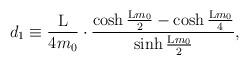
LaTeX: \begin{align*}d_1 \equiv \frac{\rm L}{4m_0} \cdot \frac{\cosh{\frac{{\rm L}m_0}{2}}-\cosh{\frac{{\rm L}m_0}{4}}}{\sinh{\frac{{\rm L}m_0}{2}}} ,\end{align*}